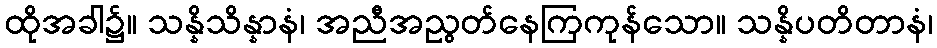
ထိုအခါ၌။ သန္နိသိန္နာနံ၊ အညီအညွတ်နေကြကုန်သော။ သန္နိပတိတာနံ၊